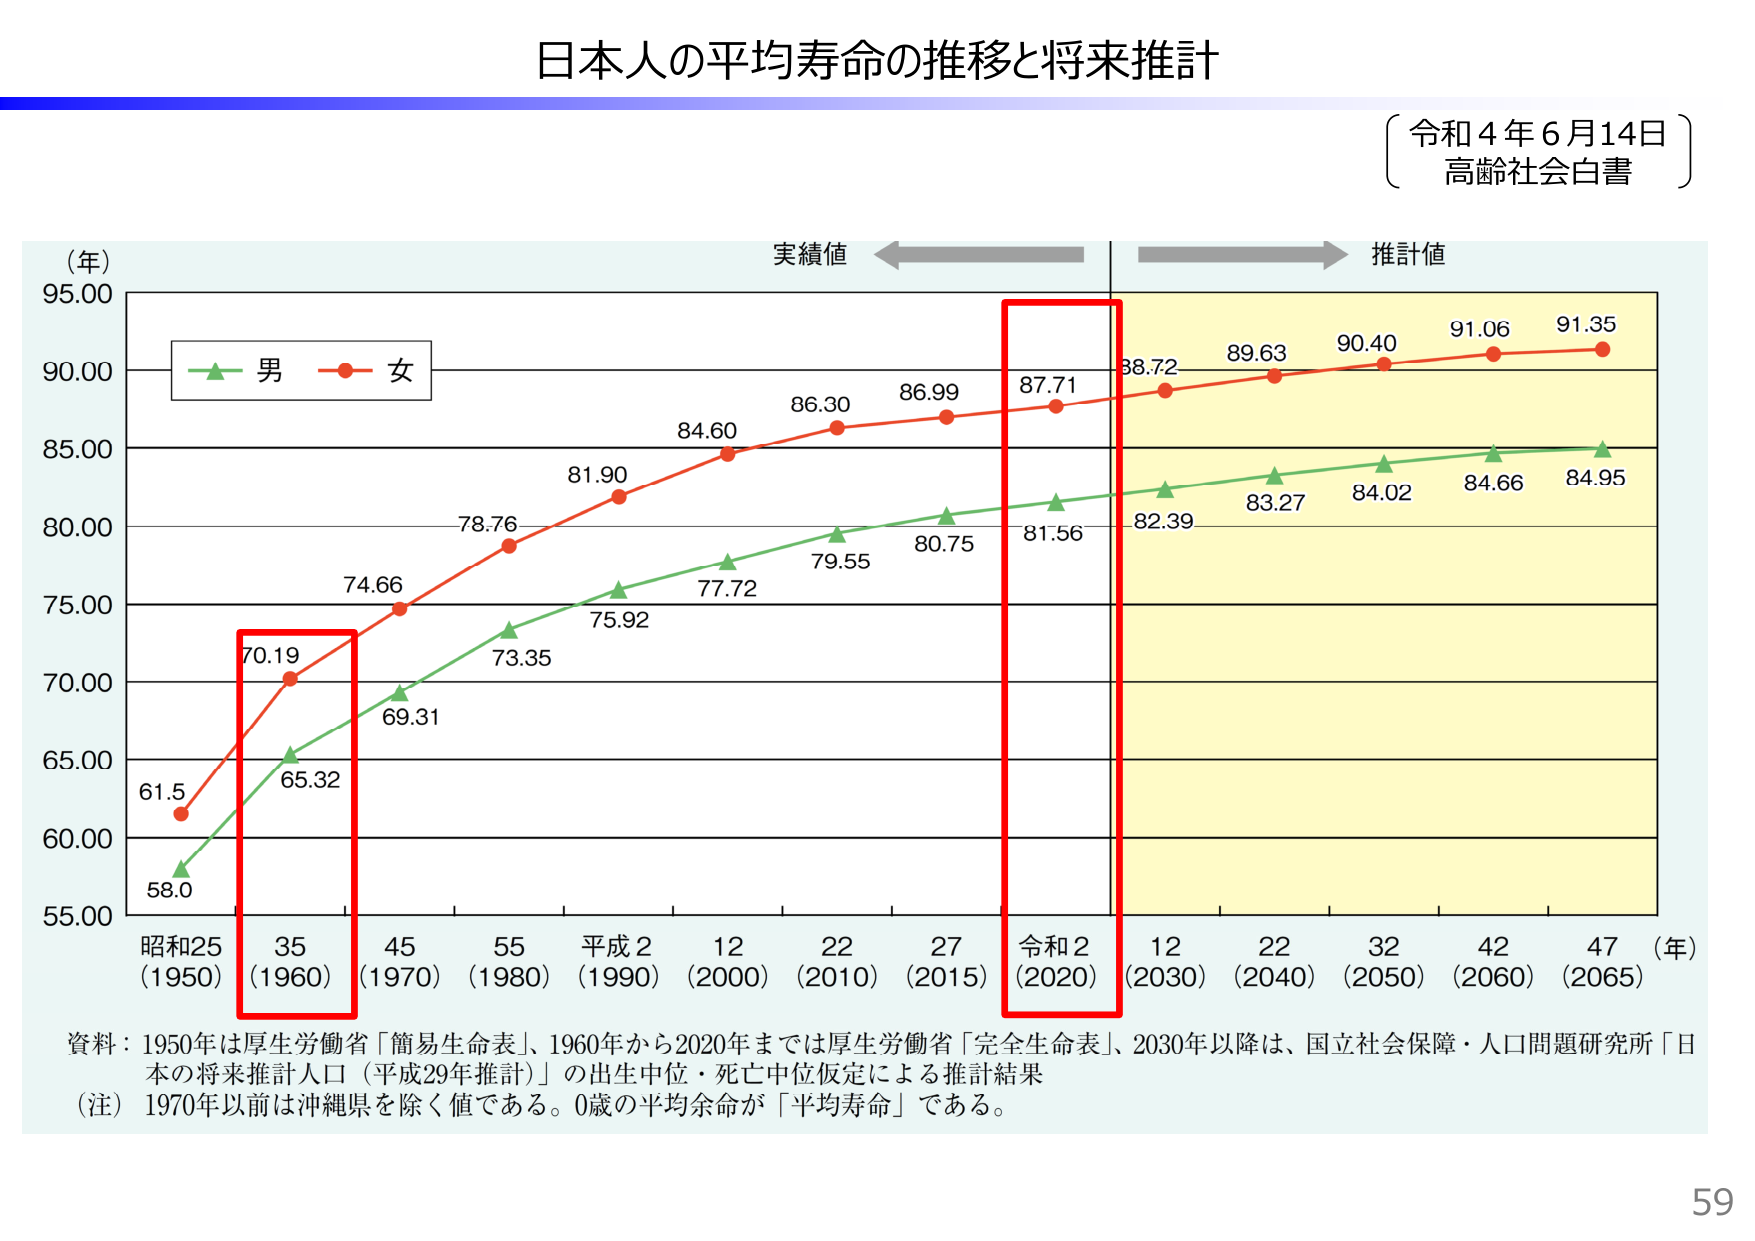
日本人の平均寿命の推移と将来推計

〔令和4年6月14日〕
高齢社会白書

（年）
95.00
90.00
85.00
80.00
75.00
70.00
65.00
60.00
55.00

実績値 ←→ 推計値

〔男〕〔女〕
58.0
61.5
65.32
70.19
69.31
73.35
74.66
75.92
77.72
78.76
81.90
84.60
86.30
86.99
87.71
88.72
89.63
90.40
91.06
91.35
81.56
82.39
83.27
84.02
84.66
84.95

昭和25
（1950）
35
（1960）
45
（1970）
55
（1980）
平成2
（1990）
12
（2000）
22
（2010）
27
（2015）
令和2
（2020）
12
（2030）
22
（2040）
32
（2050）
42
（2060）
47
（2065）

（年）

資料：1950年は厚生労働省「簡易生命表」、1960年から2020年までは厚生労働省「完全生命表」、2030年以降は、国立社会保障・人口問題研究所「日本の将来推計人口（平成29年推計）」の出生中位・死亡中位仮定による推計結果
（注）1970年以前は沖縄県を除く値である。0歳の平均余命が「平均寿命」である。

59